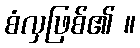
စံလှဖြစ်၏ ။